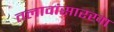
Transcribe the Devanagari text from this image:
तलावांसारखा